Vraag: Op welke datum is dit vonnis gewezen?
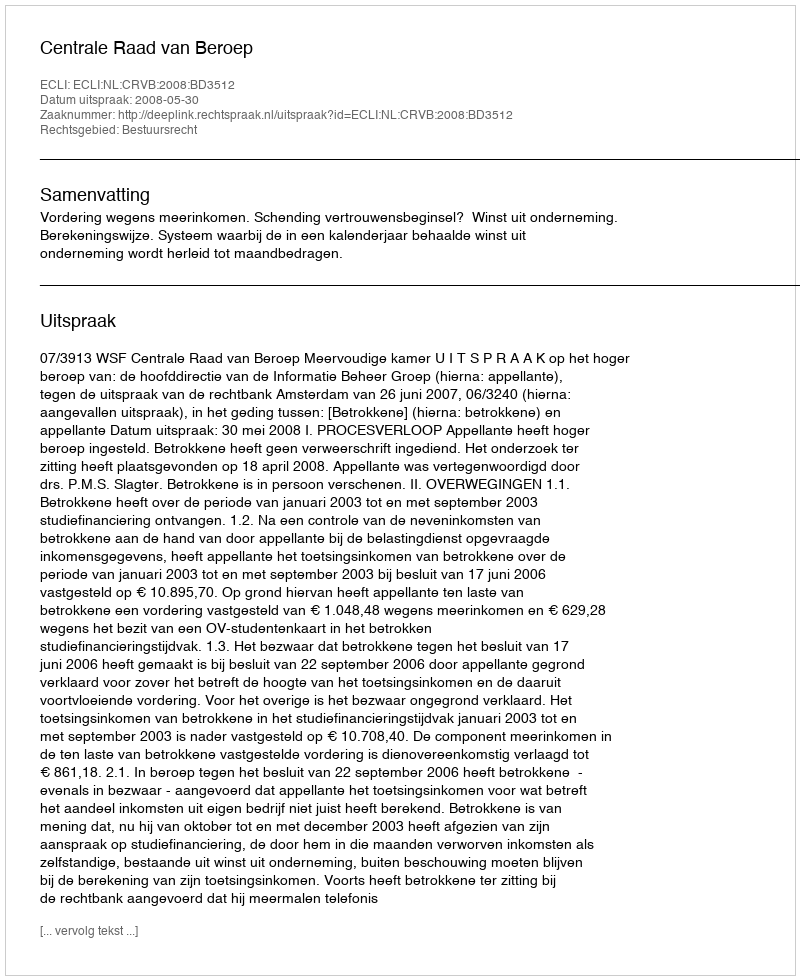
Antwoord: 2008-05-30